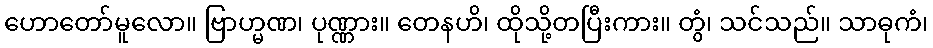
ဟောတော်မူလော။ ဗြာဟ္မဏ၊ ပုဏ္ဏား။ တေနဟိ၊ ထိုသို့တပြီးကား။ တွံ၊ သင်သည်။ သာဓုကံ၊